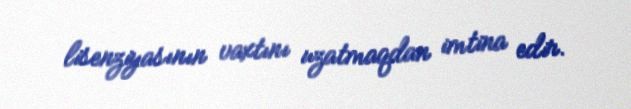
lisenziyasının vaxtını uzatmaqdan imtina edir.